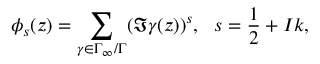
\phi _ { s } ( z ) = \sum _ { \gamma \in \Gamma _ { \infty } / \Gamma } ( \Im \gamma ( z ) ) ^ { s } , ~ ~ s = \frac { 1 } { 2 } + I k ,